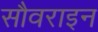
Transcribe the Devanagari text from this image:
सौवराइन